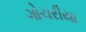
ગોચરીયા